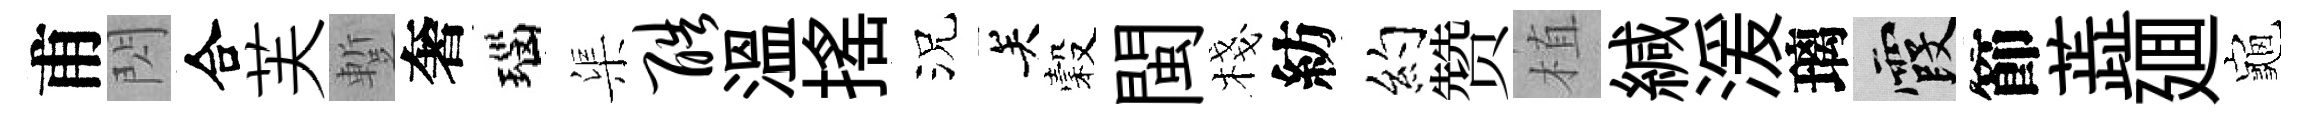
甫閃合芙蹔奢瑙渠酷溫揺況关穀閩棧紡約赞植緘湲璃霞節蕋廽龜